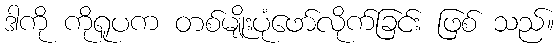
ဒါကို ကိုရူပက တစ်မျိုးပုံဖော်လိုက်ခြင်း ဖြစ် သည်။